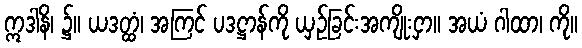
ဣဒါနိ၊ ၌။ ယဒတ္ထံ၊ အကြင် ပဒဋ္ဌာန်ကို ယှဉ်ခြင်းအကျိုးငှာ။ အယံ ဂါထာ၊ ကို။